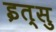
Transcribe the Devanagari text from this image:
इत्सु